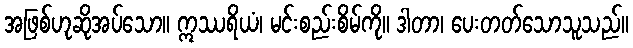
အဖြစ်ဟုဆိုအပ်သော။ ဣဿရိယံ၊ မင်းစည်းစိမ်ကို။ ဒါတာ၊ ပေးတတ်သောသူသည်။